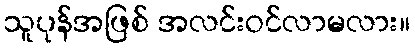
သူပုန်အဖြစ် အလင်းဝင်လာမလား။